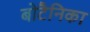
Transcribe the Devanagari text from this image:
बोटैनिका